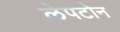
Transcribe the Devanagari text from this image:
लेपटोन